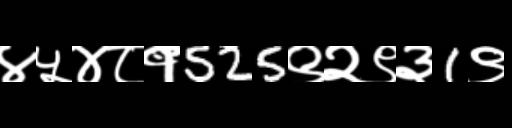
Text: ४५४८१525९२९३1९